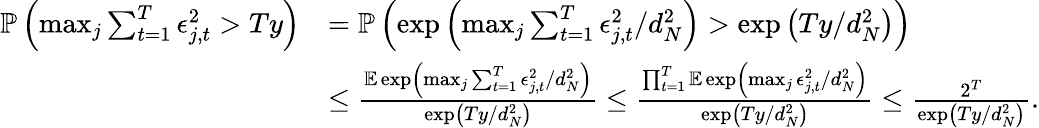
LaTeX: \begin{array}{rl}{\mathbb{P}\left(\operatorname*{max}_{j}\sum_{t=1}^{T}\epsilon_{j,t}^{2}>Ty\right)}&{=\mathbb{P}\left(\exp\left(\operatorname*{max}_{j}\sum_{t=1}^{T}\epsilon_{j,t}^{2}/d_{N}^{2}\right)>\exp\left(Ty/d_{N}^{2}\right)\right)}\\ &{\leq\frac{\mathbb{E}\exp\left(\operatorname*{max}_{j}\sum_{t=1}^{T}\epsilon_{j,t}^{2}/d_{N}^{2}\right)}{\exp\left(Ty/d_{N}^{2}\right)}\leq\frac{\prod_{t=1}^{T}\mathbb{E}\exp\left(\operatorname*{max}_{j}\epsilon_{j,t}^{2}/d_{N}^{2}\right)}{\exp\left(Ty/d_{N}^{2}\right)}\leq\frac{2^{T}}{\exp\left(Ty/d_{N}^{2}\right)}.}\end{array}